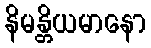
နိမန္တိယမာနော